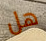
هل